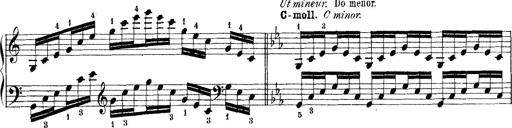
Title: Technische Studien
Composer: Franz Liszt